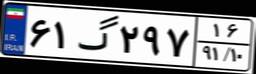
۶۱گ۲۹۷۱۶